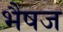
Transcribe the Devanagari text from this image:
भैषज